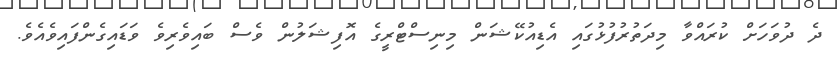
ދެ ދުވަހަށް ކުރައްވާ މިދަތުރުފުޅުގައި އެޑިއުކޭޝަން މިނިސްޓްރީގެ އޮފިޝަލުން ވެސް ބައިވެރިވެ ވަޑައިގެންފައިވެއެވެ.